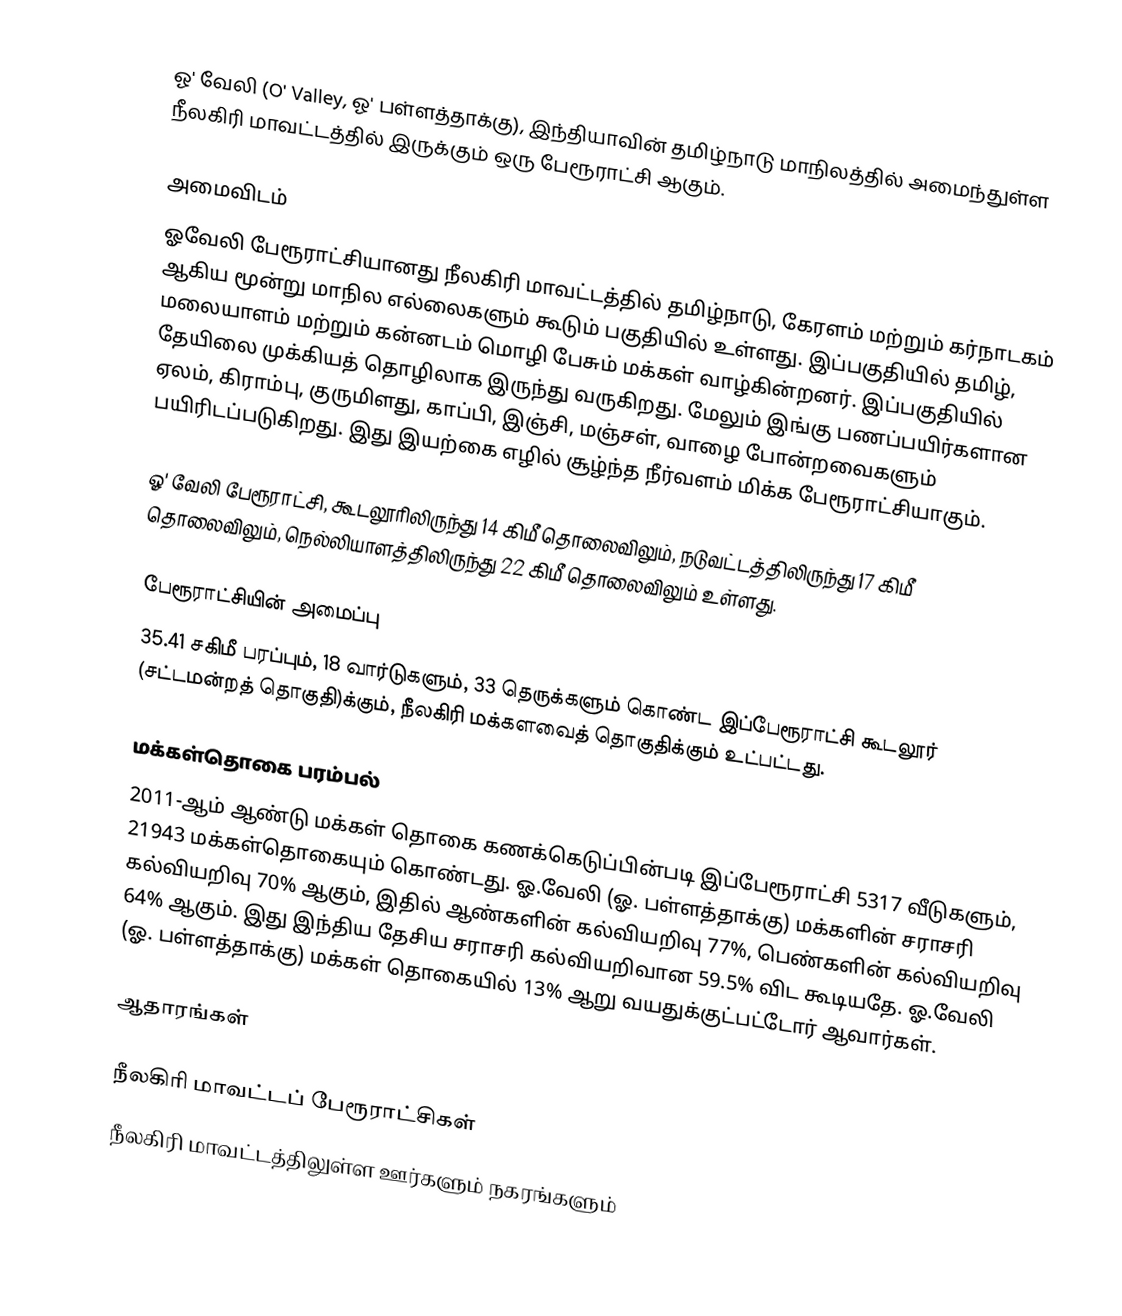
ஓ' வேலி (O' Valley, ஓ' பள்ளத்தாக்கு), இந்தியாவின் தமிழ்நாடு மாநிலத்தில் அமைந்துள்ள நீலகிரி மாவட்டத்தில் இருக்கும் ஒரு பேரூராட்சி ஆகும்.

அமைவிடம்
ஓவேலி பேரூராட்சியானது நீலகிரி மாவட்டத்தில் தமிழ்நாடு, கேரளம் மற்றும் கர்நாடகம் ஆகிய மூன்று மாநில எல்லைகளும் கூடும் பகுதியில் உள்ளது. இப்பகுதியில் தமிழ், மலையாளம் மற்றும் கன்னடம் மொழி பேசும் மக்கள் வாழ்கின்றனர். இப்பகுதியில் தேயிலை முக்கியத் தொழிலாக இருந்து வருகிறது. மேலும் இங்கு பணப்பயிர்களான ஏலம், கிராம்பு, குருமிளது, காப்பி, இஞ்சி, மஞ்சள், வாழை போன்றவைகளும் பயிரிடப்படுகிறது. இது இயற்கை எழில் சூழ்ந்த நீர்வளம் மிக்க பேரூராட்சியாகும்.

ஓ' வேலி பேரூராட்சி, கூடலூரிலிருந்து 14 கிமீ  தொலைவிலும்,  நடுவட்டத்திலிருந்து 17 கிமீ தொலைவிலும், நெல்லியாளத்திலிருந்து 22 கிமீ தொலைவிலும் உள்ளது.

பேரூராட்சியின் அமைப்பு
35.41 சகிமீ பரப்பும், 18 வார்டுகளும், 33 தெருக்களும்    கொண்ட இப்பேரூராட்சி  கூடலூர் (சட்டமன்றத் தொகுதி)க்கும், நீலகிரி மக்களவைத் தொகுதிக்கும் உட்பட்டது.

மக்கள்தொகை பரம்பல்
2011-ஆம் ஆண்டு மக்கள் தொகை கணக்கெடுப்பின்படி இப்பேரூராட்சி 5317 வீடுகளும், 21943 மக்கள்தொகையும் கொண்டது. ஓ.வேலி (ஓ. பள்ளத்தாக்கு) மக்களின் சராசரி கல்வியறிவு 70% ஆகும்,  இதில் ஆண்களின் கல்வியறிவு 77%,  பெண்களின் கல்வியறிவு 64% ஆகும். இது இந்திய தேசிய சராசரி கல்வியறிவான 59.5% விட கூடியதே. ஓ.வேலி (ஓ. பள்ளத்தாக்கு) மக்கள் தொகையில் 13%  ஆறு வயதுக்குட்பட்டோர் ஆவார்கள்.

ஆதாரங்கள்

நீலகிரி மாவட்டப் பேரூராட்சிகள்
நீலகிரி மாவட்டத்திலுள்ள ஊர்களும் நகரங்களும்